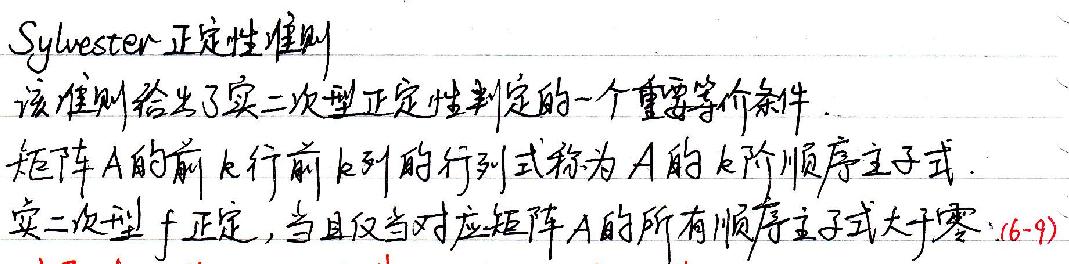
Sylvester正定定性准则

该准则给出了实二次型正定判定的一个重要等价条件。

矩阵\(A\)的前\(k\)行前\(k\)列的行列式称为\(A\)的\(k\)阶顺序主子式。

实二次型\(f\)正定，当且仅当对应矩阵\(A\)的所有顺序主子式大于零。\((6-9)\)